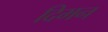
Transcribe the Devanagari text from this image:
दिमन